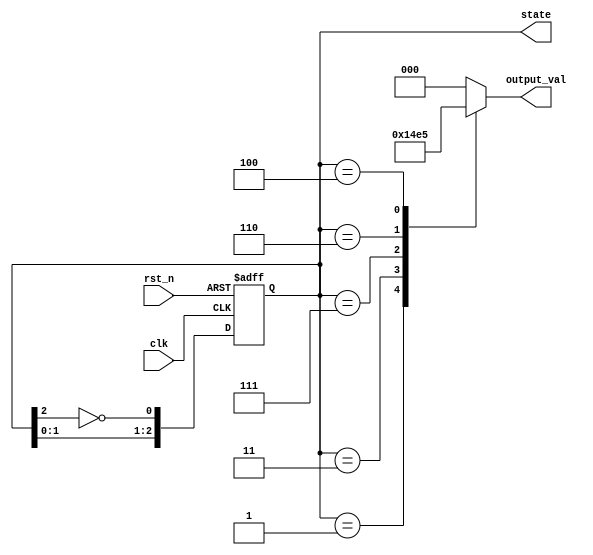
module johnson_counter (
    input wire clk,             // Clock input
    input wire rst_n,           // Asynchronous reset (active low)
    output reg [2:0] state,     // 3-bit state output
    output reg [2:0] output_val  // Moore output based on current state
);

// State transition logic
always @(posedge clk or negedge rst_n) begin
    if (!rst_n) begin
        state <= 3'b000;        // Reset state
    end else begin
        // Johnson counter state transition
        state <= {state[1:0], ~state[2]}; // Shift and invert last bit
    end
end

// Output logic based on the current state (Moore machine)
always @(state) begin
    case (state)
        3'b000: output_val = 3'b000; // State 0
        3'b001: output_val = 3'b001; // State 1
        3'b011: output_val = 3'b010; // State 2
        3'b111: output_val = 3'b011; // State 3
        3'b110: output_val = 3'b100; // State 4
        3'b100: output_val = 3'b101; // State 5
        default: output_val = 3'b000; // Default case (safety)
    endcase
end

endmodule